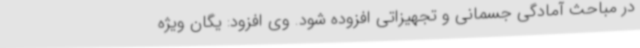
در مباحث آمادگی جسمانی و تجهیزاتی افزوده شود. وی افزود: یگان ویژه